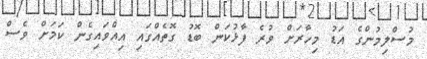
މުސްލިމުންގެ އަޑު މިހާރަށް ވުރެ ފާޅުކަން ބޮޑު ގޮތެއްގައި އިއްވައިގެން ކަމަށް ވެސް